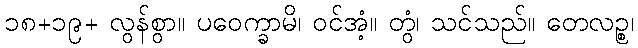
၁၈+၁၉+ လွန်စွာ။ ပဝေက္ခာမိ၊ ဝင်အံ့။ တွံ၊ သင်သည်။ တေလဉ္စ၊